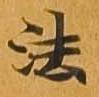
法